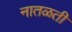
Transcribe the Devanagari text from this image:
नातळती